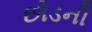
છોડની